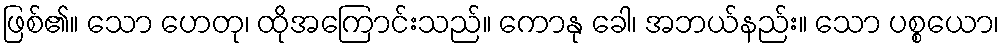
ဖြစ်၏။ သော ဟေတု၊ ထိုအကြောင်းသည်။ ကောနု ခေါ၊ အဘယ်နည်း။ သော ပစ္စယော၊